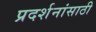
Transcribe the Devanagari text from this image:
प्रदर्शनांसाठी